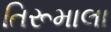
તિરૂમાલા